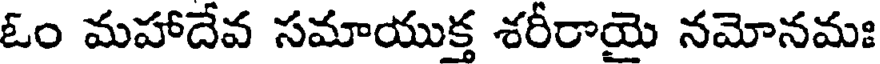
ఓం మహాదేవ సమాయుక్త శరీరాయై నమోనమః